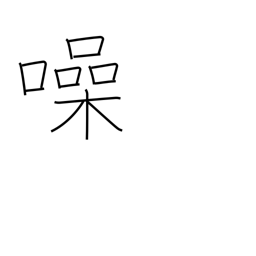
Meaning: be noisy